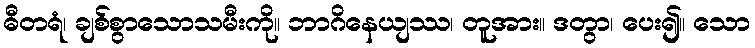
ဓီတရံ၊ ချစ်စွာသောသမီးကို။ ဘာဂိနေယျဿ၊ တူအား။ ဒတွာ၊ ပေး၍။ သော